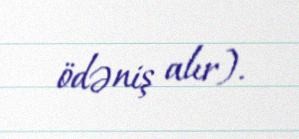
ödəniş alır).